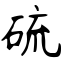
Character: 硫